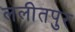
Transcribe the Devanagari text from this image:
ललीतपुर